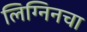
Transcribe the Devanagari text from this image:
लिग्निनचा